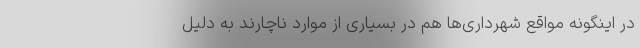
در اینگونه مواقع شهرداری‌ها هم در بسیاری از موارد ناچارند به دلیل